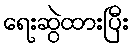
ရေးဆွဲထားပြီး